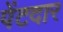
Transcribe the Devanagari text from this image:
पेंटदार